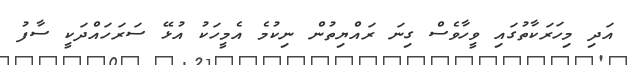
އަދި މިހަރަކާތުގައި ވީހާވެސް ގިނަ ރައްޔިތުން ނިކުމެ އެމީހަކު އުޅޭ ސަރަހައްދަކީ ސާފު